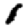
Digit: 1